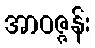
အာဝဇ္ဇန်း